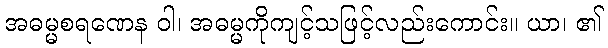
အဓမ္မစရဏေန ဝါ၊ အဓမ္မကိုကျင့်သဖြင့်လည်းကောင်း။ ယာ၊ ၏